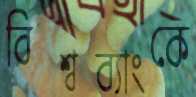
বিশ্বব্যাংকে